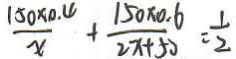
\frac { 1 5 0 \times 0 . 4 } { x } + \frac { 1 5 0 \times 0 . 6 } { 2 x + 5 0 } = \frac { 1 } { 2 }